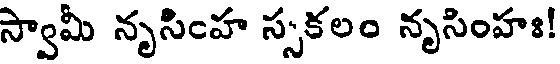
స్వామీ నృసింహ స్సకలం నృసింహః!